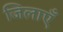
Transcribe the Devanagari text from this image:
जिलाएँ